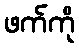
ဖက်ကို